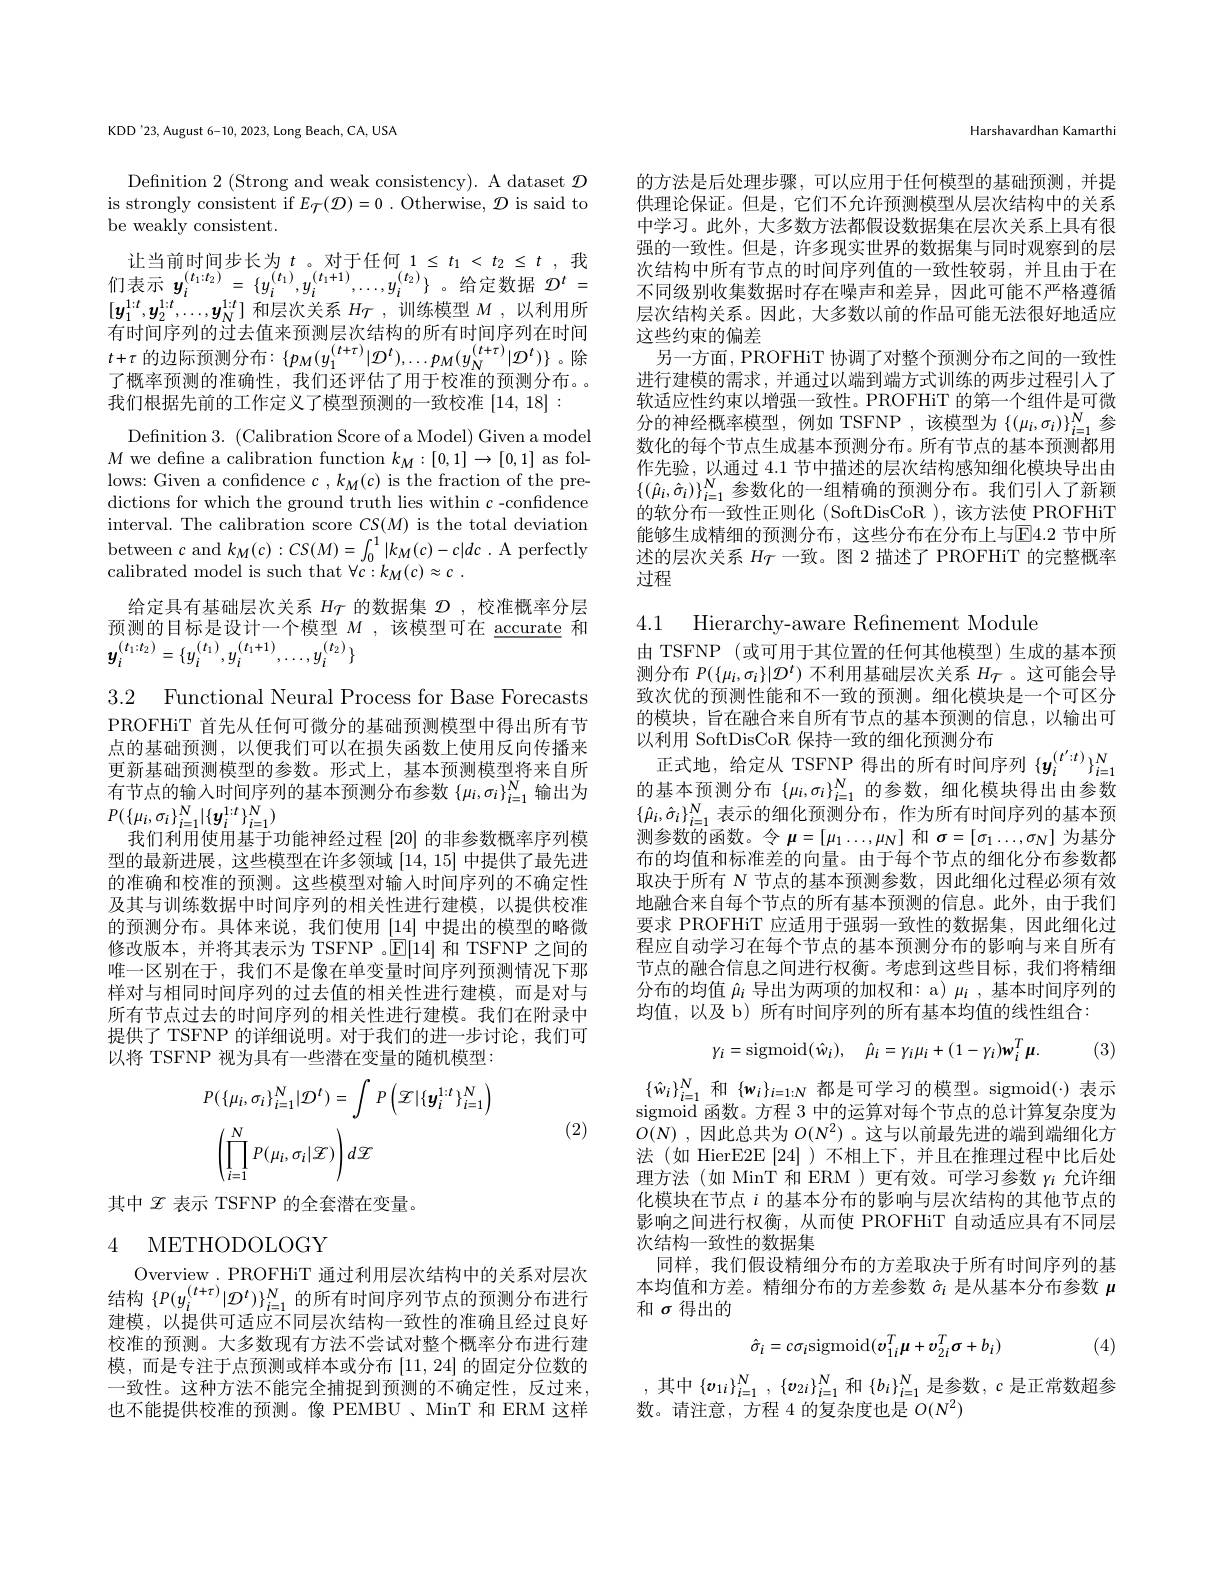
KDD'23, August 6-10, 2023, Long Beach, CA, USA

Definition 2 (Strong and weak consistency). A dataset $\mathcal{D}$ is strongly consistent if $E_\mathcal{T}(\mathcal{D})=0$ .Otherwise, $\mathcal{D}$ is said to be weakly consistent.
让当前时间步长为 $t$ 。对于任何$1\leq t_1<t_2\leq t$,我$\begin{array}{rl}{\text{位三时间间内下以可能}}&{\mathrm{~1/~1~=~1~<~2~=~,~1~}}\\{\text{们表示 }\boldsymbol{y}_{i}^{(t_{1}:t_{2})}=\{y_{i}^{(t_{1})},y_{i}^{(t_{1}+1)},\ldots,y_{i}^{(t_{2})}\}~\text{。给定数据}~\mathcal{D}^{t}=}\\{\text{们表示 }\boldsymbol{y}_{i}^{(t_{1}:t_{2})}=\{y_{i}^{(t_{1})},y_{i}^{(t_{1}+1)},\ldots,y_{i}^{(t_{2})}\}~\text{。给定数据}\:\mathcal{D}^{t}=}\end{array}$ $[\boldsymbol{y}_1^{1:t},\boldsymbol{y}_2^{1:t},\ldots,\boldsymbol{y}_N^{1:t}]$和层次关系$H_\mathcal{T}$,训练模型$M$,以利用所有时间序列的过去值来预测层次结构的所有时间序列在时间$t+\tau$ 的边际预测分布$:\{p_M(y_1^{(t+\tau)}|\mathcal{D}^t),\ldots p_M(y_N^{(t+\tau)}|\mathcal{D}^t)\}$。除了概率预测的准确性，我们还评估了用于校准的预测分布。我们根据先前的工作定义了模型预测的一致校准$\left|14,18\right|:$
Definition 3. (Calibration Score of a Model) Given a model $M$ we define a calibration function $k_M:[0,1]\to[0,1]$ as follows: Given a confidence $c,k_M(c)$ is the fraction of the predictions for which the ground truth lies within $c$ -confidence interval. The calibration score $CS(M)$ is the total deviation between $c$ and $k_M(c):CS(M)=\int_0^1|k_M(c)-c|dc.$ A perfectly calibrated model is such that $\forall c: k_M( c) \approx c$ .
给定具有基础层次关系$H_\mathrm{\tau}$的数据集$\mathcal{D}$ ,校准概率分层预测的目标是设计一个模型$M$ ,该模型可在 accurate 和$y_{i}^{(t_{1}:t_{2})}=\{y_{i}^{(t_{1})},y_{i}^{(t_{1}+1)},\ldots,y_{i}^{(t_{2})}\}$

3.2 Functional Neural Process for Base Forecasts PROFHiT 首先从任何可微分的基础预测模型中得出所有节点的基础预测，以便我们可以在损失函数上使用反向传播来更新基础预测模型的参数。形式上，基本预测模型将来自所有节点的输入时间序列的基本预测分布参数$\left\{\mu_i,\sigma_i\right\}_{i=1}^N$输出为$P(\{\mu_i,\sigma_i\}_{i=1}^N|\{\boldsymbol{y}_i^{1:t}\}_{i=1}^N)$
我们利用使用基于功能神经过程[20]的非参数概率序列模型的最新进展，这些模型在许多领域[14,15]中提供了最先进的准确和校准的预测。这些模型对输人时间序列的不确定性及其与训练数据中时间序列的相关性进行建模，以提供校准的预测分布。具体来说，我们使用[14]中提出的模型的略微修改版本，并将其表示为 TSFNP 。$\overline{\mathbb{E}}[14]$和 TSFNP 之间的唯一区别在于，我们不是像在单变量时间序列预测情况下那样对与相同时间序列的过去值的相关性进行建模，而是对与所有节点过去的时间序列的相关性进行建模。我们在附录中提供了 TSFNP 的详细说明。对于我们的进一步讨论，我们可以将 TSFNP 视为具有一些潜在变量的随机模型：
$$\begin{aligned}&P(\{\mu_{i},\sigma_{i}\}_{i=1}^{N}|\mathcal{D}^{t})=\int P\left(\mathcal{I}|\{\boldsymbol{y}_{i}^{1:t}\}_{i=1}^{N}\right)\\&\left(\prod_{i=1}^{N}P(\mu_{i},\sigma_{i}|\mathcal{Z})\right)d\mathcal{Z}\end{aligned}$$
(2)

其中$\mathscr{Z}$表示 TSFNP 的全套潜在变量。

## 4 METHODOLOGY

Overview. PROFHiT 通过利用层次结构中的关系对层次结构$\left\{P(y_i^{(t+\tau)}|\mathcal{D}^t)\right\}_{i=1}^N$的所有时间序列节点的预测分布进行建模，以提供可适应不同层次结构一致性的准确且经过良好校准的预测。大多数现有方法不尝试对整个概率分布进行建模，而是专注于点预测或样本或分布[11,24]的固定分位数的一致性。这种方法不能完全捕捉到预测的不确定性，反过来， 也不能提供校准的预测。像 PEMBU、MinT 和 ERM 这样

Harshavardhan Kamarthi

的方法是后处理步骤，可以应用于任何模型的基础预测，并提供理论保证。但是，它们不允许预测模型从层次结构中的关系中学习。此外，大多数方法都假设数据集在层次关系上具有很强的一致性。但是，许多现实世界的数据集与同时观察到的层次结构中所有节点的时间序列值的一致性较弱，并且由于在不同级别收集数据时存在噪声和差异，因此可能不严格遵循层次结构关系。因此，大多数以前的作品可能无法很好地适应这些约束的偏差
另一方面，PROFHiT 协调了对整个预测分布之间的一致性进行建模的需求，并通过以端到端方式训练的两步过程引人了软适应性约束以增强一致性。PROFHiT 的第一个组件是可微分的神经概率模型，例如 TSFNP,该模型为$\{(\mu_i,\sigma_i)\}_{i=1}^N$参数化的每个节点生成基本预测分布。所有节点的基本预测都用作先验，以通过 4.1 节中描述的层次结构感知细化模块导出由$\{(\hat{\mu}_i,\hat{\sigma}_i)\}_{i=1}^N$参数化的一组精确的预测分布。我们引入了新颖的软分布一致性正则化 (SoftDisCoR ), 该方法使 PROFHiT 能够生成精细的预测分布，这些分布在分布上与E4.2 节中所述的层次关系$H_\mathrm{\mathcal{T}}$一致。图 2 描述了 PROFHiT 的完整概率过程

4.1 Hierarchy-aware Refinement Module

由 TSFNP (或可用于其位置的任何其他模型)生成的基本预测分布$P(\{\mu_i,\sigma_i\}|\mathcal{D}^t)$不利用基础层次关系$H_\mathcal{T}$ 。这可能会导致次优的预测性能和不一致的预测。细化模块是一个可区分的模块，旨在融合来自所有节点的基本预测的信息，以输出可以利用 SoftDisCoR 保持一致的细化负测分布正式地，给定从 TSFNP 得出的所有时间序列$\{\boldsymbol{y}_i^{(t^{\prime}:t)}\}_{i=1}^N$ 的基本预测分布$\{\mu_i,\sigma_i\}_{i=1}^N$的参数，细化模块得出由参数$\{\hat{\mu}_i,\hat{\sigma}_i\}_{i=1}^N$表示的细化预测分布，作为所有时间序列的基本预测参数的函数。令$\boldsymbol{\mu}=[\mu_1\ldots,\mu_N]$和$\sigma=[\sigma_1\ldots,\sigma_N]$为基分布的均值和标准差的向量。由于每个节点的细化分布参数都取决于所有$N$节点的基本预测参数，因此细化过程必须有效地融合来自每个节点的所有基本预测的信息。此外，由于我们要求 PROFHiT 应适用于强弱一致性的数据集，因此细化过程应自动学习在每个节点的基本预测分布的影响与来自所有节点的融合信息之间进行权衡。考虑到这些目标，我们将精细分布的均值$\hat{\mu}_i$导出为两项的加权和：a) $\mu_i$ ,基本时间序列的均值，以及 b)所有时间序列的所有基本均值的线性组合：

(3)
$$\gamma_i=\mathrm{sigmoid}(\hat{w}_i),\quad\hat{\mu}_i=\gamma_i\mu_i+(1-\gamma_i)\boldsymbol{w}_i^T\boldsymbol{\mu}.$$
$\{\hat{w}_i\}_{i=1}^N$ 和$\{\mathbf{w}_i\}_i=1:N$都是可学习的模型。sigmoid(-)表示sigmoid 函数。方程 3 中的运算对每个节点的总计算复杂度为$O(N)$ ,因此总共为$O(N^2)$ 。这与以前最先进的端到端细化方法(如 HierE2E[24])不相上下，并且在推理过程中比后处理方法(如 MinT 和 ERM )更有效。可学习参数$\gamma_{i}$允许细化模块在节点$i$的基本分布的影响与层次结构的其他节点的影响之间进行权衡，从而使 PROFHiT 自动适应具有不同层次结构一致性的数据集
同样，我们假设精细分布的方差取决于所有时间序列的基本均值和方差。精细分布的方差参数$\hat{\sigma}_i$是从基本分布参数$\mu$ 和$\sigma$得出的

(4)
$$\hat{\sigma}_{i}=c\sigma_{i}\mathrm{sigmoid}(v_{1i}^{T}\mu+v_{2i}^{T}\sigma+b_{i})$$
,其中$\{v_{1i}\}_{i=1}^N,\{v_{2i}\}_{i=1}^N$和$\{b_i\}_{i=1}^N$是参数$,c$是正常数超参
数。请注意，方程 4 的复杂度也是$O(N^2)$